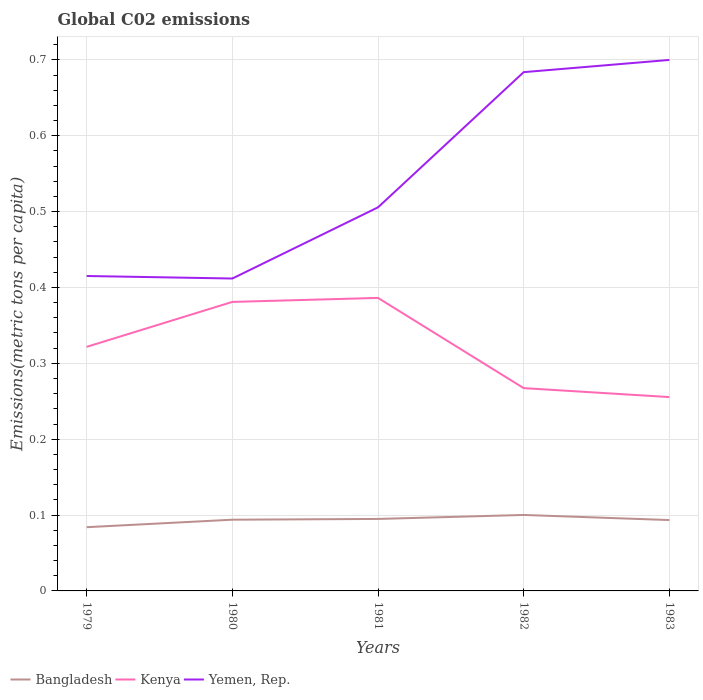
| Years | Bangladesh | Kenya | Yemen, Rep. |
 | --- | --- | --- | --- |
 | 1979 | 0.084 | 0.322 | 0.415 |
 | 1980 | 0.0939 | 0.381 | 0.412 |
 | 1981 | 0.0949 | 0.386 | 0.506 |
 | 1982 | 0.1 | 0.267 | 0.684 |
 | 1983 | 0.0934 | 0.256 | 0.7 |